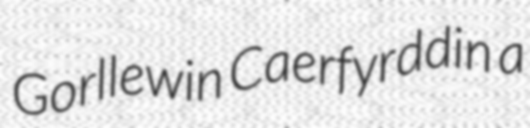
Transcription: Gorllewin Caerfyrddin a